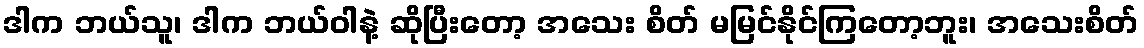
ဒါက ဘယ်သူ၊ ဒါက ဘယ်ဝါနဲ့ ဆိုပြီးတော့ အသေး စိတ် မမြင်နိုင်ကြတော့ဘူး၊ အသေးစိတ်